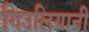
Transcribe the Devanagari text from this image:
गिउलियानी